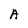
Character: A